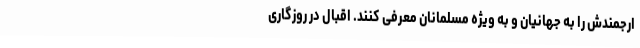
ارجمندش را به جهانیان و به ویژه مسلمانان معرفی کنند. اقبال در روزگاری